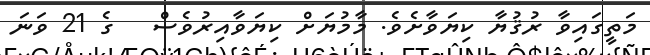
މަތީގައިވާ ރުޤުޔާ ކިޔަވާށެވެ. މާމުޔަށް ކިޔަވާއިރުވެސް   ގެ 21 ވަނަ